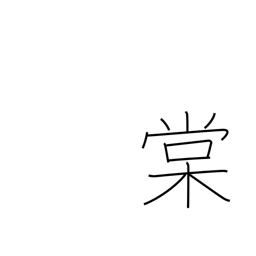
Meaning: wild pear tree